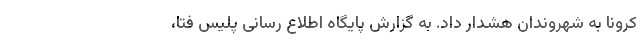
کرونا به شهروندان هشدار داد. به گزارش پایگاه اطلاع رسانی پلیس فتا،